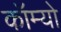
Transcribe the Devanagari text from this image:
कॉम्‍यो